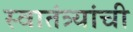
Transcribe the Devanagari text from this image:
स्वातंत्र्यांची